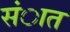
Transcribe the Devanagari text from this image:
संात